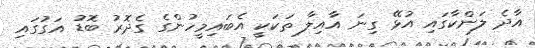
އާދެ ލަންކާގައި އުޅޭ ގިނަ އާއިލާ ތަކަކީ އެބައިމީހުންގެ ގެދޮރު ބޮޑު އަގުގައި